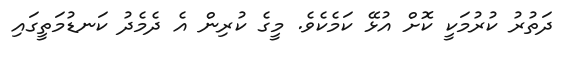
ދަތުރު ކުރުމަކީ ކޮށް އުޅޭ ކަމެކެވެ. މީގެ ކުރިން އެ ދެމެދު ކަނޑުމަތީގައި